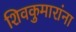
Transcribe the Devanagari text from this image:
शिवकुमारांना